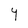
Character: Y